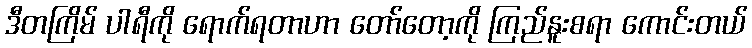
ဒီတကြိမ် ပါရီကို ရောက်ရတာဟာ တော်တော့ကို ကြည်နူးစရာ ကောင်းတယ်